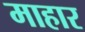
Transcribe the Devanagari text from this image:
माहार